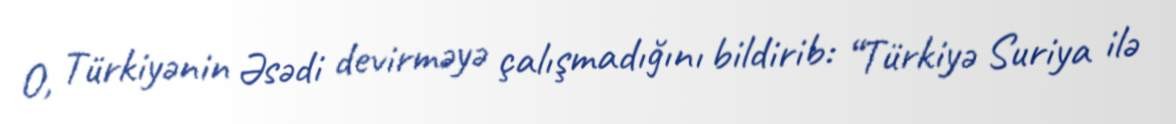
O, Türkiyənin Əsədi devirməyə çalışmadığını bildirib: “Türkiyə Suriya ilə